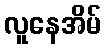
လူနေအိမ်